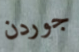
جوردن